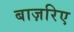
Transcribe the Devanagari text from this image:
बाज़रिए